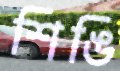
শিঙি